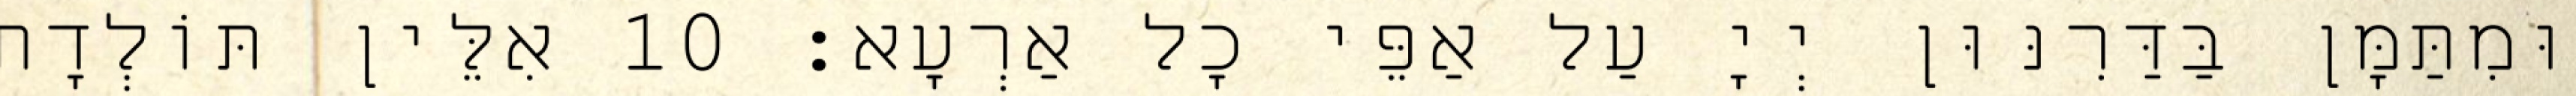
וּמִתַּמָּן בַּדַּרִנּוּן יְיָ עַל אַפֵּי כָל אַרְעָא׃ 10 אִלֵּין תּוֹלְדָת